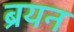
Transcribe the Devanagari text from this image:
ब्रयन